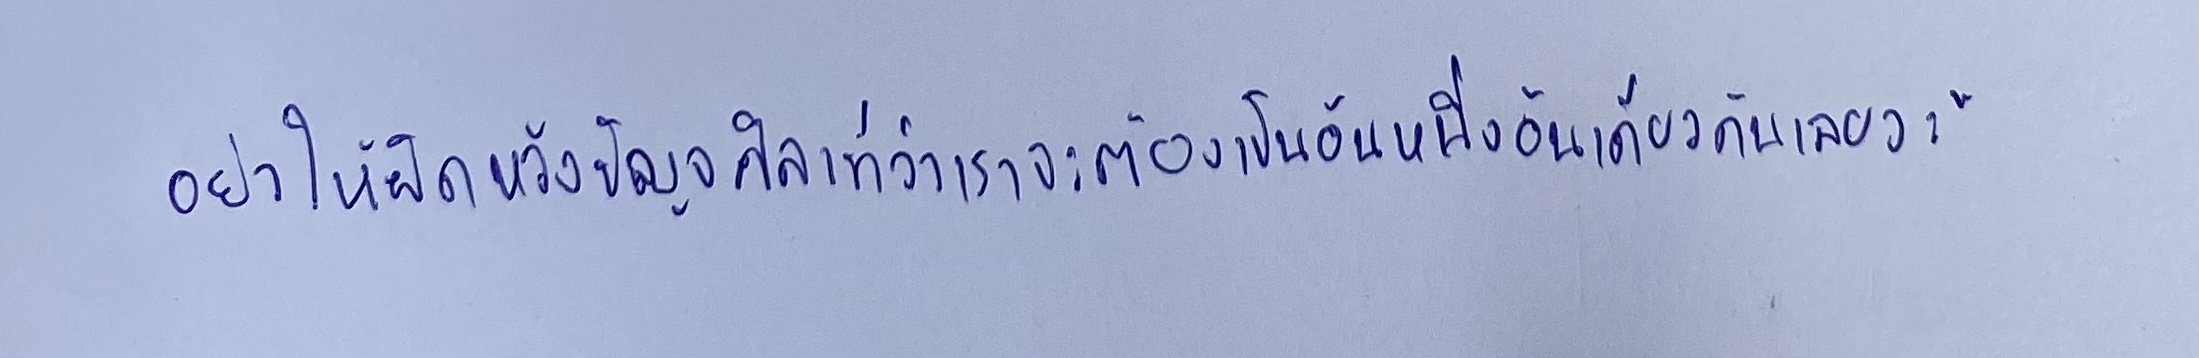
อย่าให้ผิดหลักปัญจศิลาที่ว่าเราจะต้องเป็นอันหนึ่งอันเดียวกันเลยวะ"